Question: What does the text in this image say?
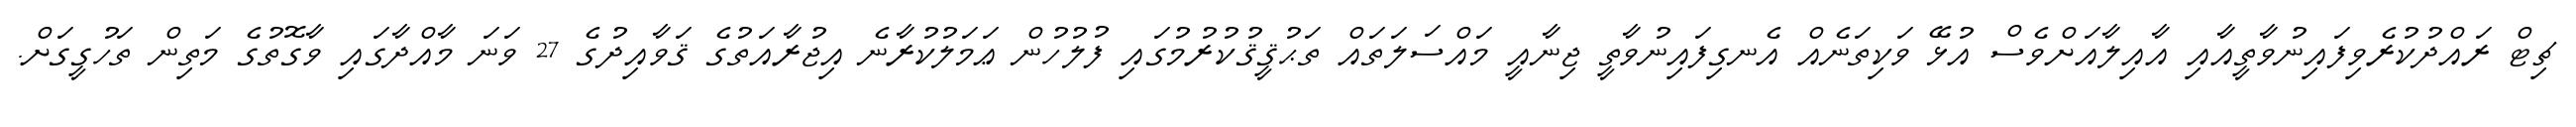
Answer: ޗިޓް ރައްދުކުރެވިފައިނުވާތީއާއި އާއިލާއަށްވެސް އުޅޭ ވަކިތަނެއް އެނގިފައިނުވާތީ ޖިނާއީ މައްސަލަތައް ތަޙުޤީޤުކުރުމުގައި ފުލުހުން ޢަމަލުކުރާނެ އިޖުރާއަތުގެ ޤަވާއިދުގެ 27 ވަނަ މާއްދާގައި ވާގޮތުގެ މަތިން ތަހުގީގަށް.